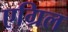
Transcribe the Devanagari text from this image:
एग्रिल